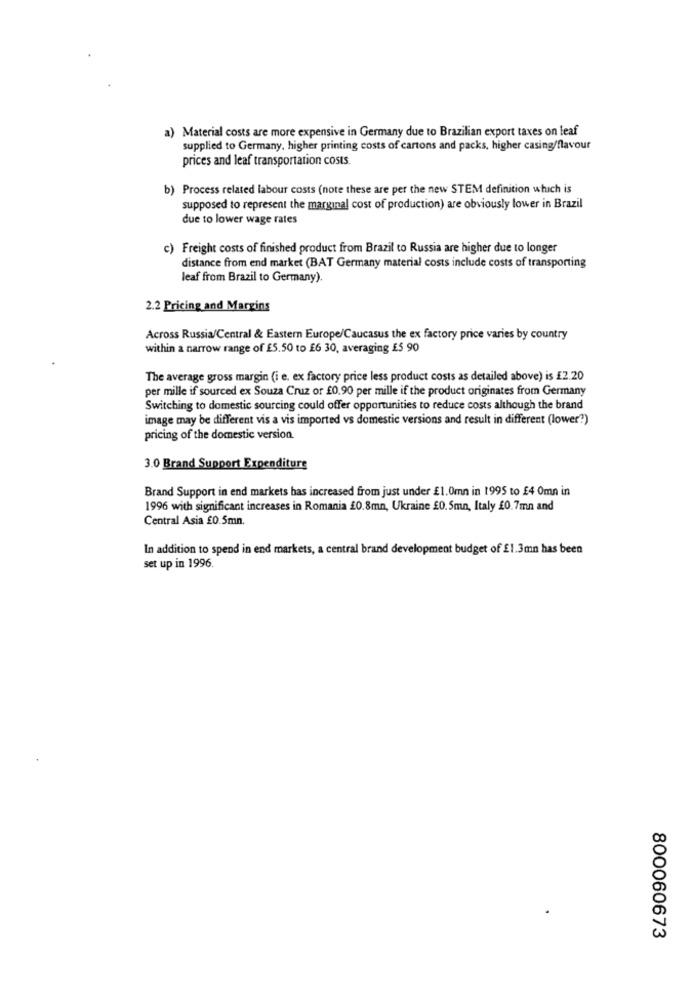
a) Material costs are more expensive in Germany due to Brazilian export taxes on leaf
supplied to Germany, higher printing costs of cartons and packs, higher casing/flavour
prices and leaf transportation costs.
b) Process related labour costs (note these are per the new STEM definition which is
supposed to represent the marginal cost of production) are obviously lower in Brazil
due to lower wage rates
c) Freight costs of finished product from Brazil to Russia are higher due to longer
distance from end market (BAT Germany material costs include costs of transporting
leaf from Brazil to Germany).
2.2 Pricing and Margins
Across Russia/Central & Eastern Europe/Caucasus the ex factory price varies by country
within a narrow range of £5.50 to £6 30, averaging £5 90
The average gross margin (i e. ex factory price less product costs as detailed above) is £2.20
per mille if sourced ex Souza Cruz or £0.90 per mille if the product originates from Germany
Switching to domestic sourcing could offer opportunities to reduce costs although the brand
image may be different vis a vis imported vs domestic versions and result in different (lower?)
pricing of the domestic version.
3.0 Brand Support Expenditure
Brand Support in end markets has increased from just under £1.0mn in 1995 to £4 0mn in
1996 with significant increases in Romania £0.8mn, Ukraine £0.5mn, Italy £0.7mn and
Central Asia £0.5mn.
In addition to spend in end markets, a central brand development budget of £1.3mn has been
set up in 1996.
800060673